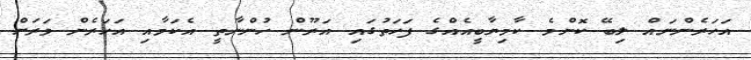
އަހަރެންނައް ލިބޭ ކޮންމެ ކާމިޔާބީއެއްގެ ފަހަތުގައި އަރޫން ހުންނާތީ އެކަމާއި އަހަރެން ވަރަށް